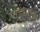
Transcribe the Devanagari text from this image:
गाड्याचे